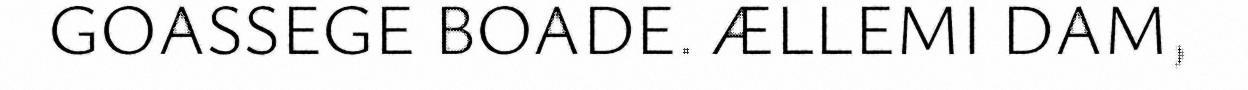
GOASSEGE BOADE. ÆLLEMI DAM,